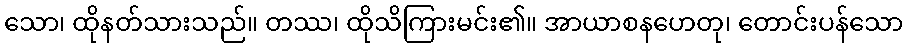
သော၊ ထိုနတ်သားသည်။ တဿ၊ ထိုသိကြားမင်း၏။ အာယာစနဟေတု၊ တောင်းပန်သော